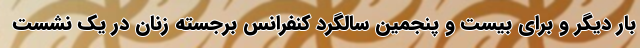
بار دیگر و برای بیست و پنجمین سالگرد کنفرانس برجسته زنان در یک نشست